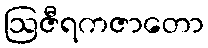
ဩဇီရကဇာတော